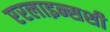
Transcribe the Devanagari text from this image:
एरलाइन्सशी